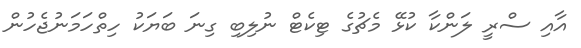
އާއި ސްރީ ލަންކާ ކުޅޭ މެޗުގެ ޓިކެޓް ނުލިބި ގިނަ ބަޔަކު ހިތްހަމަނުޖެހުން